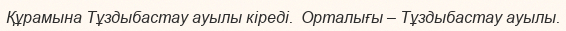
Құрамына Тұздыбастау ауылы кіреді.  Орталығы – Тұздыбастау ауылы.